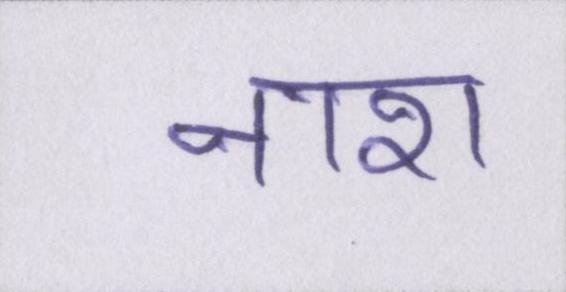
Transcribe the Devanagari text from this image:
नाश